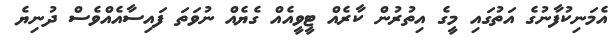
އެމަނިކުފާނުގެ އަތުގައި މީގެ އިތުރުން ކާރެއް ޓީވީއެއް ގެޔެއް ނުވަތަ ފައިސާއެއްވެސް ދުނިޔެ